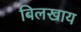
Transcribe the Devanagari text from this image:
बिलखाय